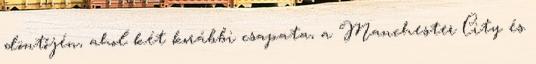
döntőjén, ahol két korábbi csapata, a Manchester City és